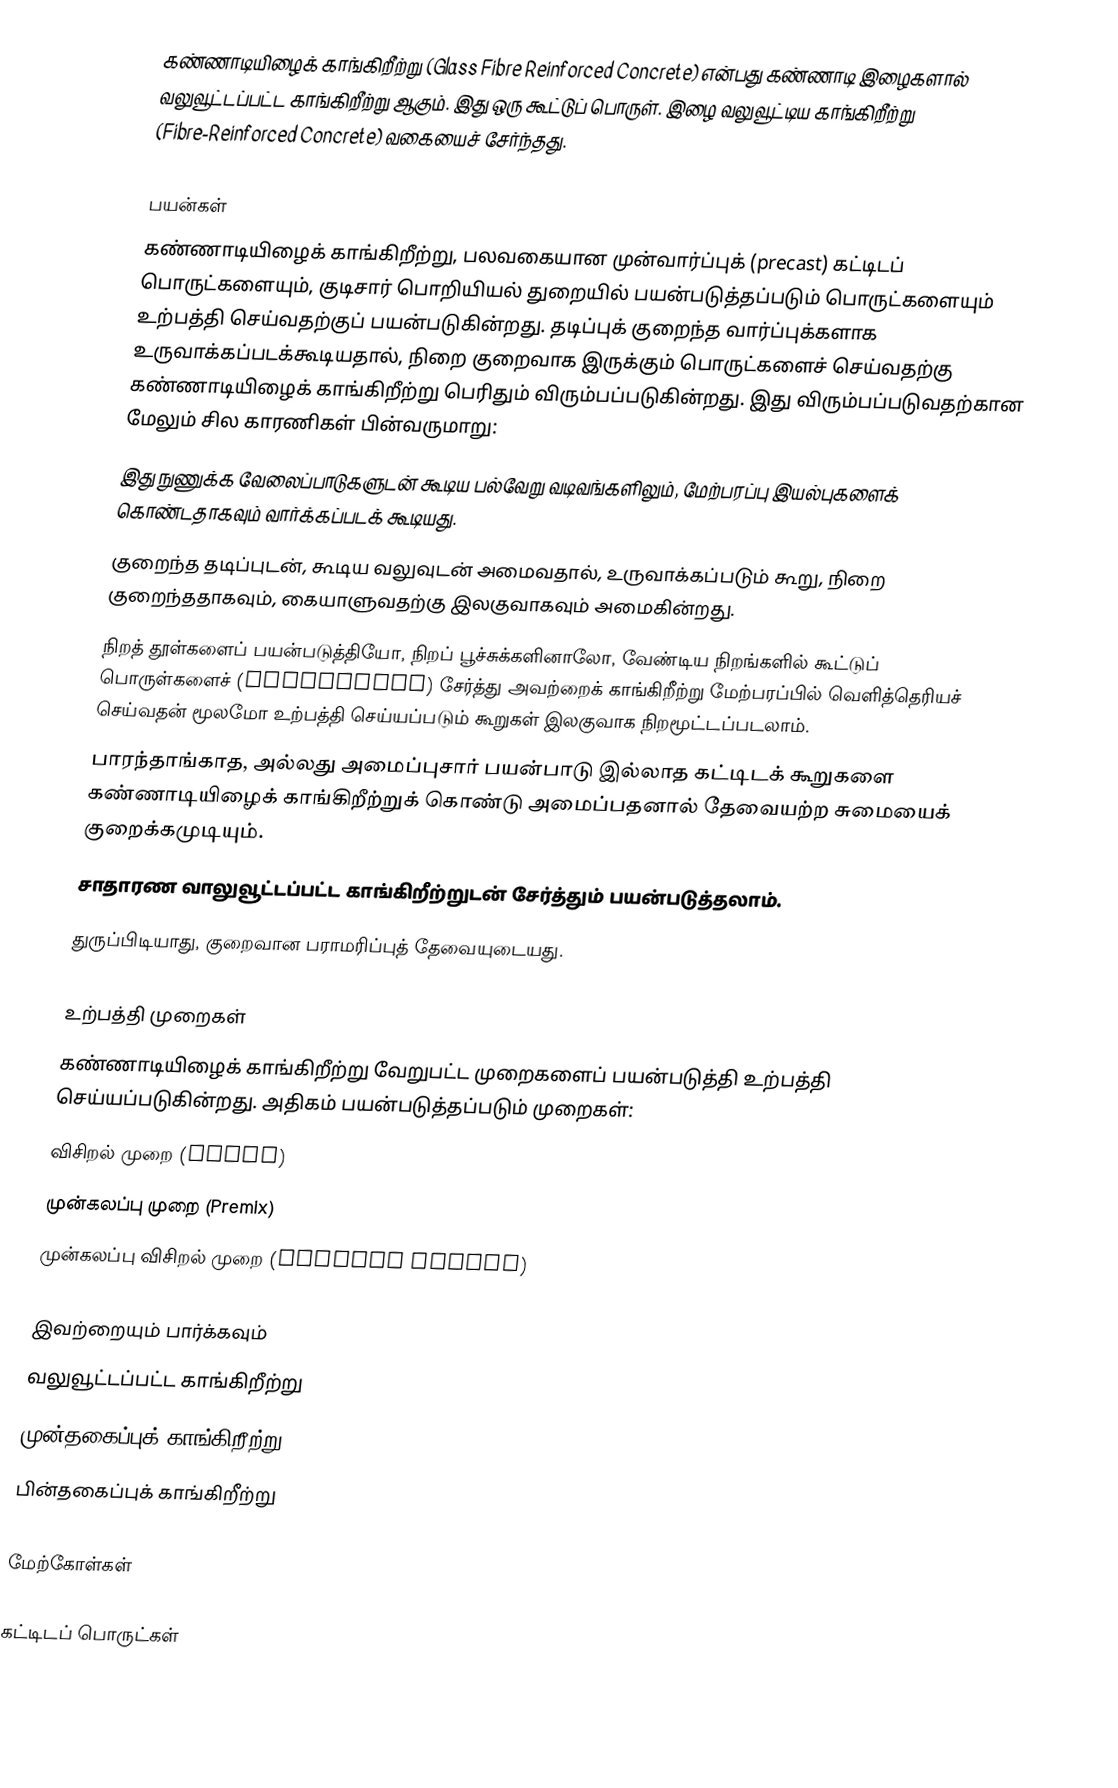
கண்ணாடியிழைக் காங்கிறீற்று (Glass Fibre Reinforced Concrete) என்பது கண்ணாடி இழைகளால் வலுவூட்டப்பட்ட காங்கிறீற்று ஆகும். இது ஒரு கூட்டுப் பொருள். இழை வலுவூட்டிய காங்கிறீற்று (Fibre-Reinforced Concrete) வகையைச் சேர்ந்தது.

பயன்கள்
கண்ணாடியிழைக் காங்கிறீற்று, பலவகையான முன்வார்ப்புக் (precast) கட்டிடப் பொருட்களையும், குடிசார் பொறியியல் துறையில் பயன்படுத்தப்படும் பொருட்களையும் உற்பத்தி செய்வதற்குப் பயன்படுகின்றது. தடிப்புக் குறைந்த வார்ப்புக்களாக உருவாக்கப்படக்கூடியதால், நிறை குறைவாக இருக்கும் பொருட்களைச் செய்வதற்கு கண்ணாடியிழைக் காங்கிறீற்று பெரிதும் விரும்பப்படுகின்றது. இது விரும்பப்படுவதற்கான மேலும் சில காரணிகள் பின்வருமாறு:
 இது நுணுக்க வேலைப்பாடுகளுடன் கூடிய பல்வேறு வடிவங்களிலும், மேற்பரப்பு இயல்புகளைக் கொண்டதாகவும் வார்க்கப்படக் கூடியது.
 குறைந்த தடிப்புடன், கூடிய வலுவுடன் அமைவதால், உருவாக்கப்படும் கூறு, நிறை குறைந்ததாகவும், கையாளுவதற்கு இலகுவாகவும் அமைகின்றது.
 நிறத் தூள்களைப் பயன்படுத்தியோ, நிறப் பூச்சுக்களினாலோ, வேண்டிய நிறங்களில் கூட்டுப் பொருள்களைச் (aggrigates) சேர்த்து அவற்றைக் காங்கிறீற்று மேற்பரப்பில் வெளித்தெரியச் செய்வதன் மூலமோ உற்பத்தி செய்யப்படும் கூறுகள் இலகுவாக நிறமூட்டப்படலாம்.
 பாரந்தாங்காத, அல்லது அமைப்புசார் பயன்பாடு இல்லாத கட்டிடக் கூறுகளை கண்ணாடியிழைக் காங்கிறீற்றுக் கொண்டு அமைப்பதனால் தேவையற்ற சுமையைக் குறைக்கமுடியும்.
 சாதாரண வாலுவூட்டப்பட்ட காங்கிறீற்றுடன் சேர்த்தும் பயன்படுத்தலாம்.
 துருப்பிடியாது, குறைவான பராமரிப்புத் தேவையுடையது.

உற்பத்தி முறைகள்
கண்ணாடியிழைக் காங்கிறீற்று வேறுபட்ட முறைகளைப் பயன்படுத்தி உற்பத்தி செய்யப்படுகின்றது. அதிகம் பயன்படுத்தப்படும் முறைகள்:
 விசிறல் முறை (Spray)
 முன்கலப்பு முறை (Premix)
 முன்கலப்பு விசிறல் முறை (Sprayed Premix)

இவற்றையும் பார்க்கவும்
 வலுவூட்டப்பட்ட காங்கிறீற்று
 முன்தகைப்புக் காங்கிறீற்று
 பின்தகைப்புக் காங்கிறீற்று

மேற்கோள்கள்

கட்டிடப் பொருட்கள்